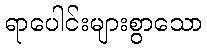
ရာပေါင်းများစွာသော